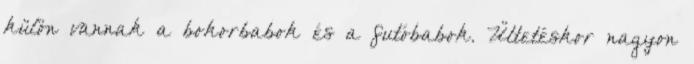
külön vannak a bokorbabok és a futóbabok. Ültetéskor nagyon